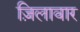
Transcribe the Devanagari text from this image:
ज़िलावार